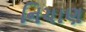
નિચાણ